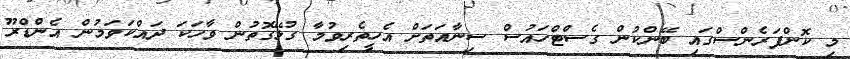
މި ކޮންފަރެންސްގައި ބޭންކުން ގެސްޓްހައުސް ސިނާއަތަށް އެހީތެރިވުމާ ގުޅޭގޮތުން ވާހަކަ ދައްކަވަމުން އެންޑްރޫ